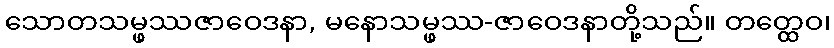
သောတသမ္ဖဿဇာဝေဒနာ, မနောသမ္ဖဿ-ဇာဝေဒနာတို့သည်။ တတ္ထေဝ၊